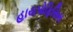
હાયપોફિસિસ